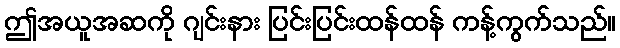
ဤအယူအဆကို ဂျင်းနား ပြင်းပြင်းထန်ထန် ကန့်ကွက်သည်။